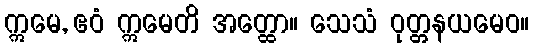
ဣမေ, ဧဝံ ဣမေတိ အတ္ထော။ သေသံ ဝုတ္တနယမေဝ။